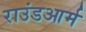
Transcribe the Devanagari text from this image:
राउंडआर्म